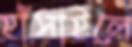
হাঁসাইলে